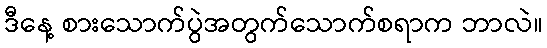
ဒီနေ့ စားသောက်ပွဲအတွက်သောက်စရာက ဘာလဲ။